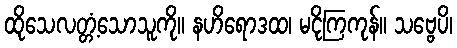
ထိုသေလတ္တံ့သောသူကို။ နဟိရောဒထ၊ မငိုကြကုန်။ သဗ္ဗေပိ၊